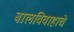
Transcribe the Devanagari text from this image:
बालविवाहाचे